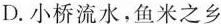
D.小桥流水，鱼米之乡